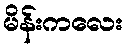
မိန်းကလေး